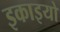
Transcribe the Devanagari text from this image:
इकाइयो